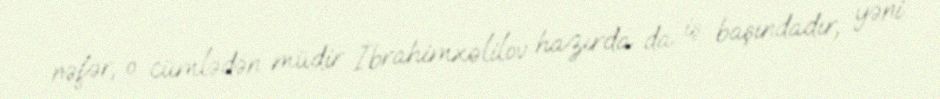
nəfər, o cümlədən müdir İbrahimxəlilov hazırda da iş başındadır, yəni